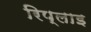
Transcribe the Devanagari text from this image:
रिप्लाइ